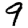
Digit: 9